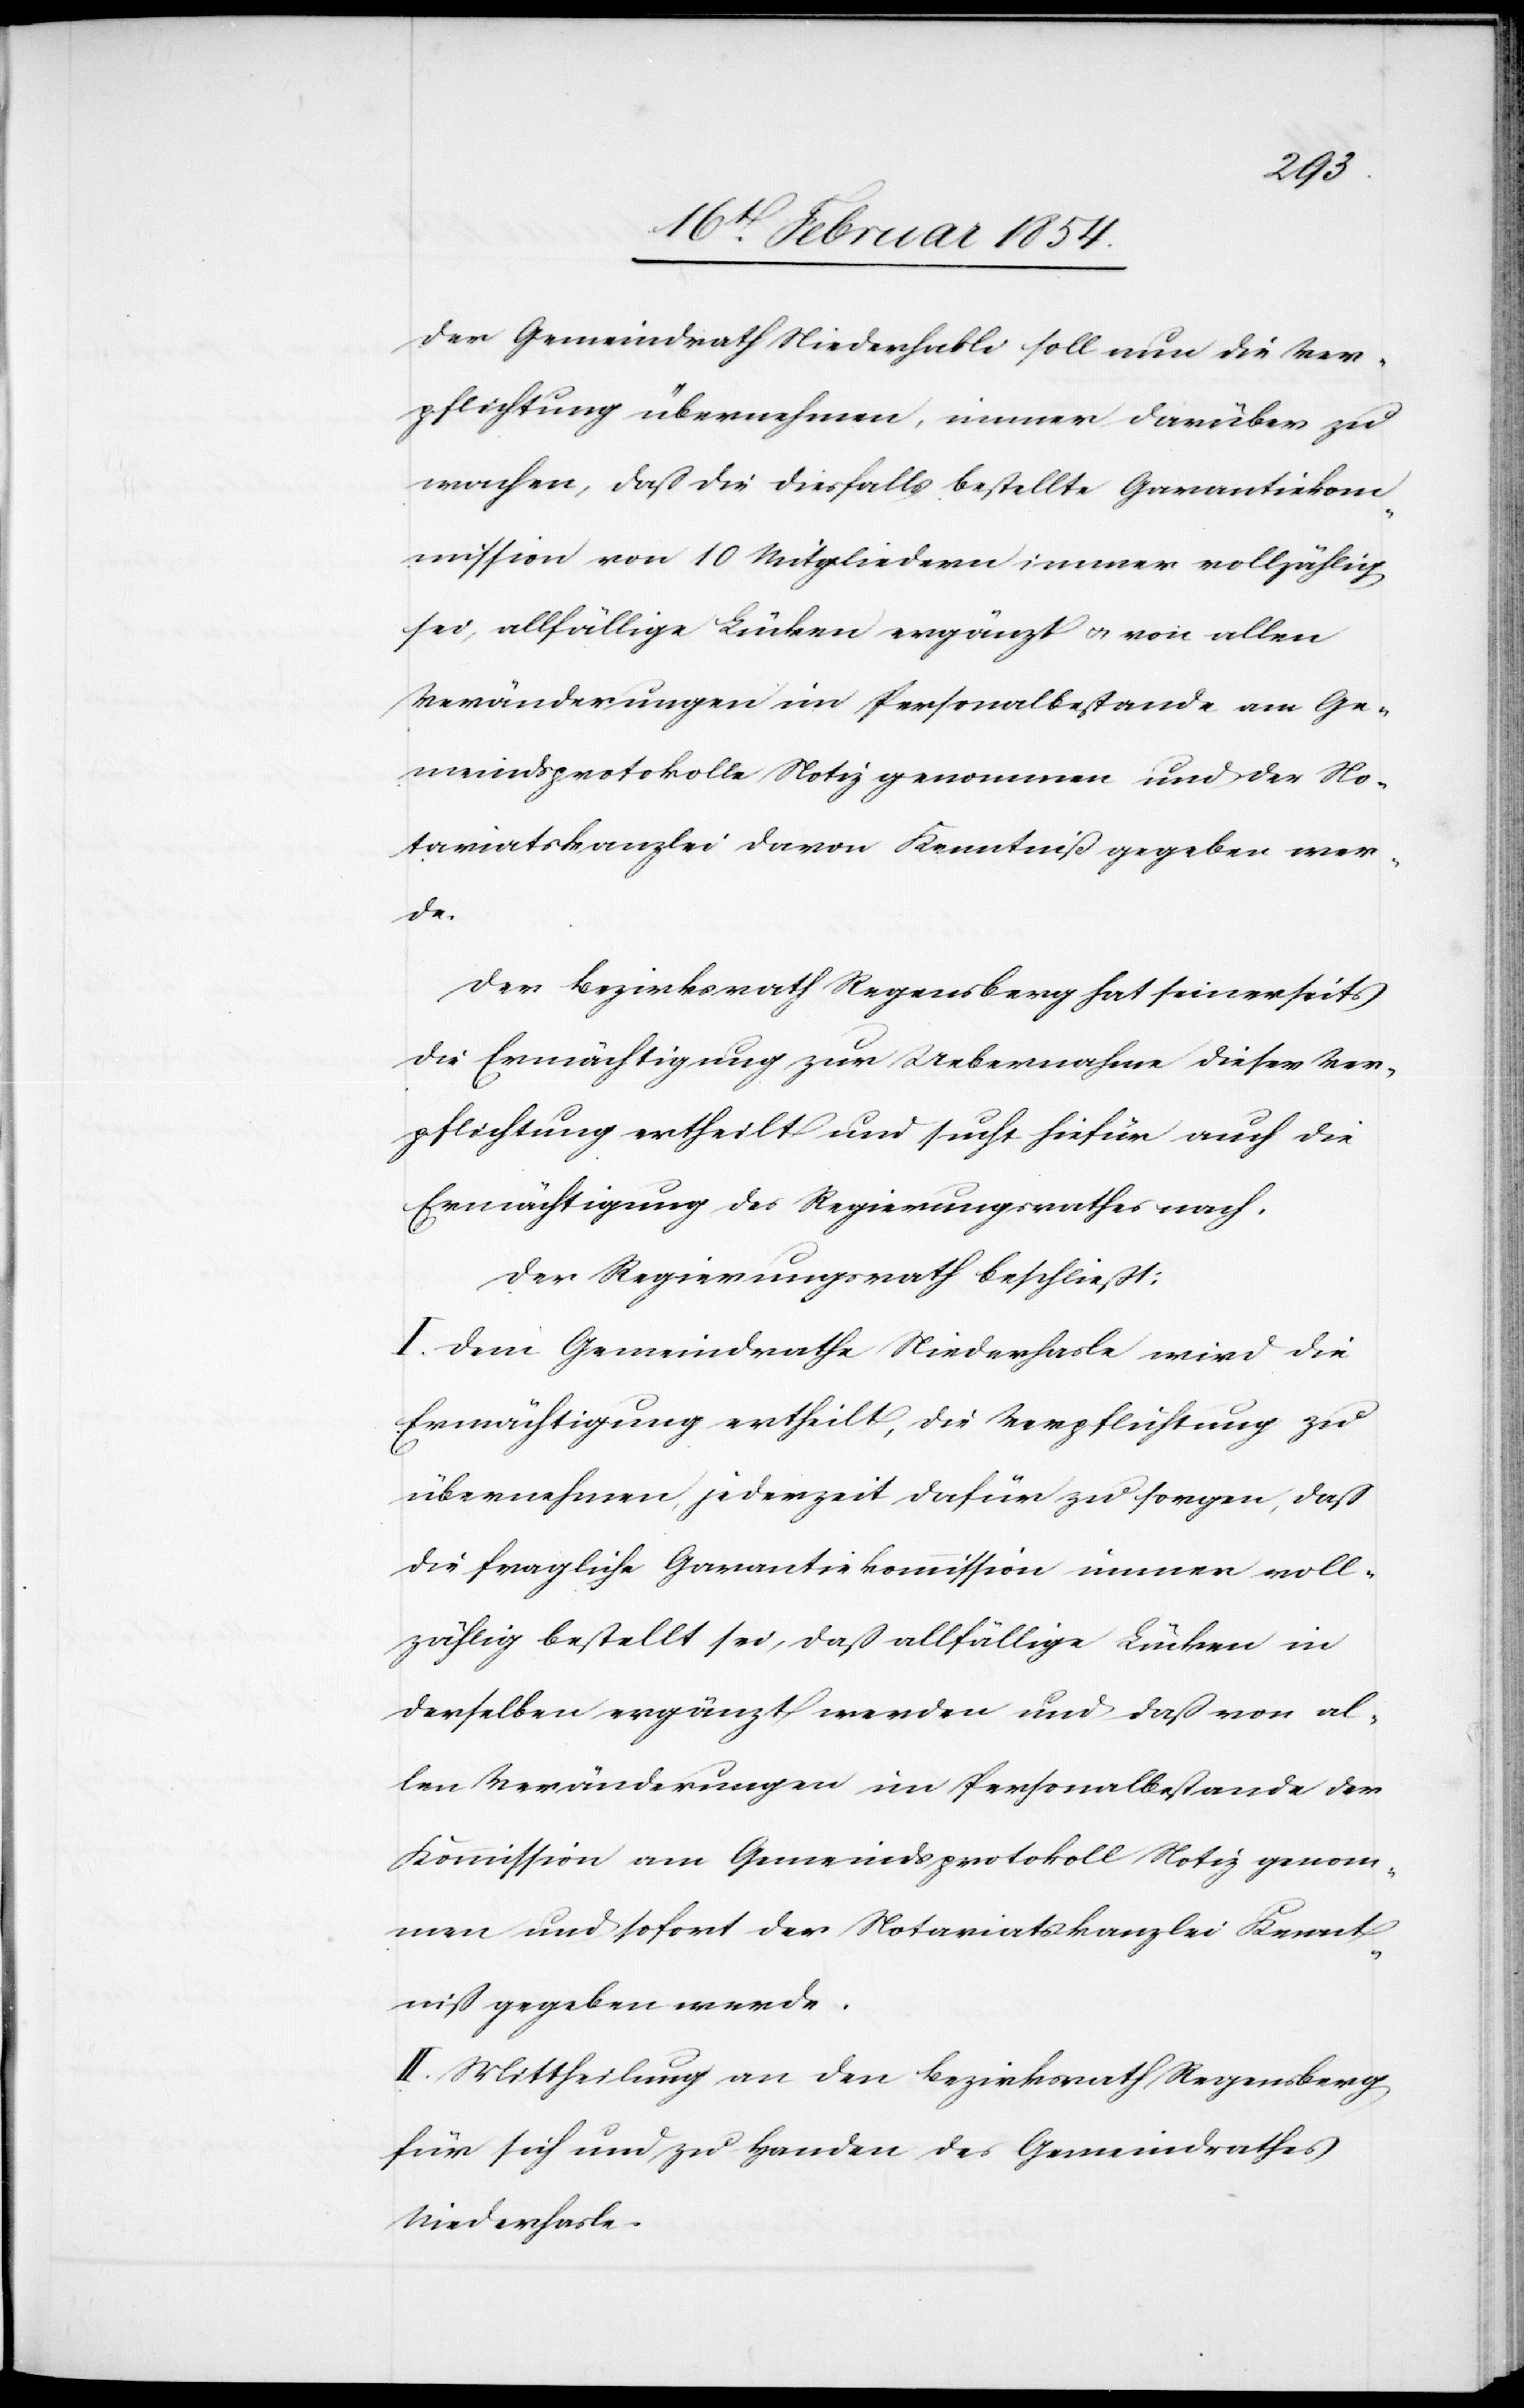
Der Gemeindrath Niederhasli soll nun die Ver¬
pflichtung übernehmen, immer darüber zu
wachen, daß die diesfalls bestellte Garantiekom¬
mission von 10 Mitgliedern immer vollzählig
sei, allfällige Lücken ergänzt u. von allen
Veränderungen im Personalbestande am Ge¬
meindsprotokolle Notiz genommen und der No¬
tariatskanzlei davon Kenntniß gegeben wer¬
de.
Der Bezirksrath Regensberg hat seinerseits
die Ermächtigung zur Uebernahme dieser Ver¬
pflichtung ertheilt und sucht hiefür auch die
Ermächtigung des Regierungsrathes nach.
Der Regierungsrath beschließt:
I. Dem Gemeindrathe Niederhasli wird die
Ermächtigung ertheilt, die Verpflichtung zu
übernehmen, jederzeit dafür zu sorgen, daß
die fragliche Garantiekommission immer voll¬
zählig bestellt sei, daß allfällige Lücken in
derselben ergänzt werden und daß von al¬
len Veränderungen im Personalbestande der
Kommission am Gemeindsprotokoll Notiz genom¬
men und sofort der Notariatskanzlei Kennt¬
niß gegeben werde.
II. Mittheilung an den Bezirksrath Regensberg
für sich und zu Handen des Gemeindrathes
Niederhasli.